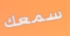
سمعك